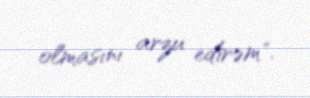
olmasını arzu edirəm".